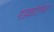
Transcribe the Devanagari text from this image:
गडकोटांच्या